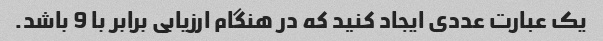
یک عبارت عددی ایجاد کنید که در هنگام ارزیابی برابر با 9 باشد.